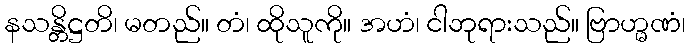
နသန္တိဋ္ဌတိ၊ မတည်။ တံ၊ ထိုသူကို။ အဟံ၊ ငါဘုရားသည်။ ဗြာဟ္မဏံ၊